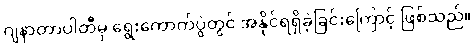
ဂျနာတာပါတီမှ ရွေးကောက်ပွဲတွင် အနိုင်ရရှိခဲ့ခြင်းကြောင့် ဖြစ်သည်။